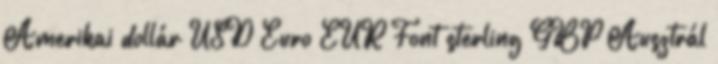
Amerikai dollár USD Euro EUR Font sterling GBP Ausztrál